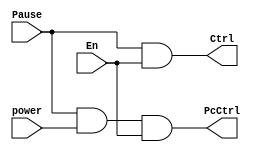
`timescale 1ns / 1ps
//////////////////////////////////////////////////////////////////////////////////
// Company: 
// Engineer: 
// 
// Design Name: 
// Module Name: Ctrl
// Project Name: 
// Target Devices: 
// Tool Versions: 
// Description: 
// 
// Dependencies: 
// 
// Revision:
// Revision 0.01 - File Created
// Additional Comments:
// 
//////////////////////////////////////////////////////////////////////////////////


module Ctrl(En, Pause, power, Ctrl, PcCtrl);
	input En, Pause, power;
	output Ctrl, PcCtrl;

	assign Ctrl = Pause && En;
	assign PcCtrl = Pause && power && En;
endmodule